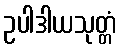
ဥပါဒါယသုတ္တံ